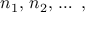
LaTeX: n _ { 1 } , \, n _ { 2 } , \, \ldots \; ,